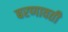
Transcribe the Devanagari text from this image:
बरणावती